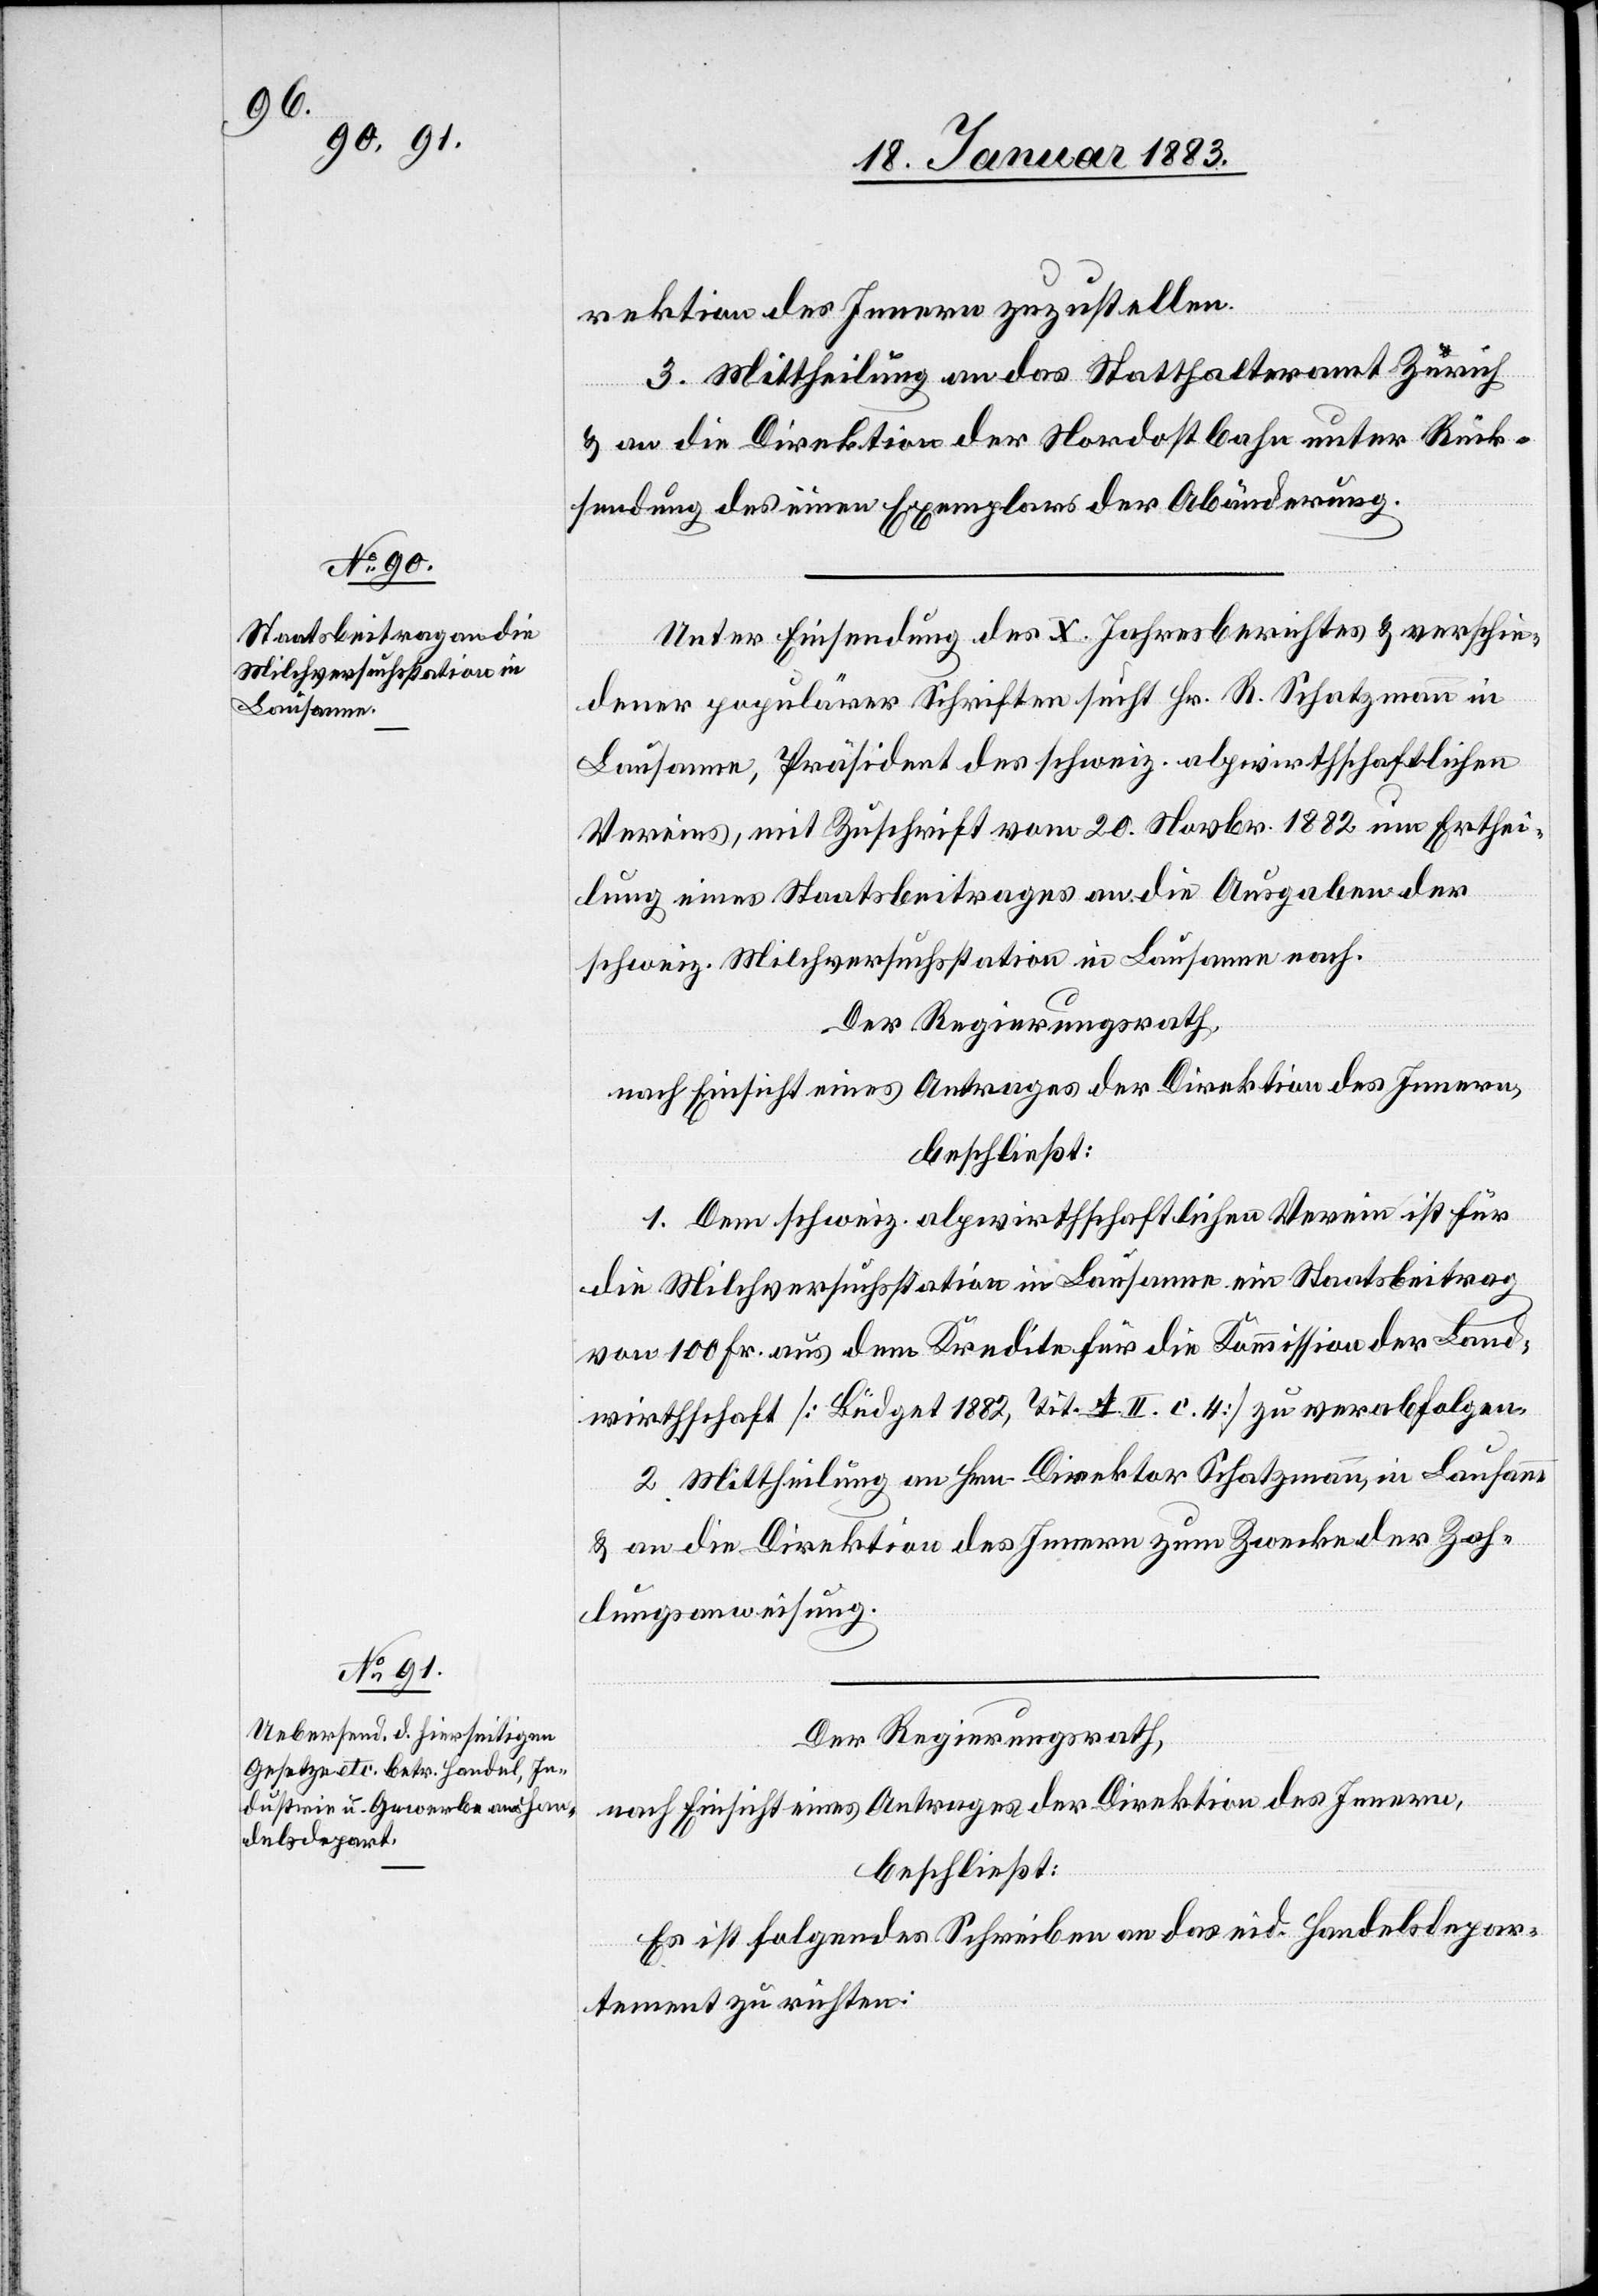
rektion des Innern zuzustellen.
3. Mittheilung an das Statthalteramt Zürich
& an die Direktion der Nordostbahn unter Rück¬
sendung des einen Exemplars der Abänderung.
Unter Einsendung des X. Jahresberichtes & verschie¬
dener populärer Schriften sucht Hr. R. Schatzmann in
Lausanne, Präsident des schweiz. alpwirtschaftlichen
Vereins, mit Zuschrift vom 20. Novbr. 1882 um Erthei¬
lung eines Staatsbeitrages an die Ausgaben der
schweiz. Milchversuchsstation in Lausanne nach.
Der Regierungsrath,
nach Einsicht eines Antrages der Direktion des Innern,
beschließt:
1. Dem schweiz. alpwirthschaftlichen Verein ist für
die Milchversuchsstation in Lausanne ein Staatsbeitrag
von 100 Fr. aus dem Kredite für die Kommission der Land¬
wirthschaft [Büdget 1882, Tit. A. II. c. 4.] zu verabfolgen.
2. Mittheilung an Hrn. Direktor Schatzmann, in Lausanne
& an die Direktion des Innern zum Zwecke der Zah¬
lungsanweisung.
Der Regierungsrath,
nach Einsicht eines Antrages der Direktion des Innern,
beschließt:
Es ist folgendes Schreiben an das eid. Handelsdepar¬
tement zu richten: